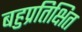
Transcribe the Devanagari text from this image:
बहुप्रतिक्षित